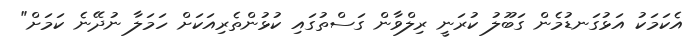
އެކަމަކު އަޅުގަނޑުމެން ގަބޫލު ކުރަނީ ރިލްވާން ގަސްތުގައި ކުޅުންތެރިއަކަށް ހަމަލާ ނުދޭނެ ކަމަށް"